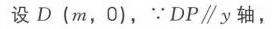
设 \(D(m,0)\)，\(\because DP\parallel y\)轴，